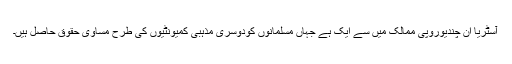
آسٹریا ان چندیوروپی ممالک میں سے ایک ہے جہاں مسلمانوں کودوسری مذہبی کمیونٹیوں کی طرح مساوی حقوق حاصل ہیں۔